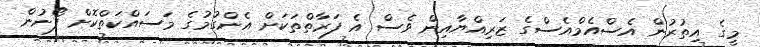
މީގެ އިތުރުން އެސްއެމްއެސްގެ ޒަރިއްޔާއިން ވެސް އެ ފަރާތްތަކަށް އެންގުމުގެ މަސައްކަތްކޮށް ފޯނުން